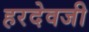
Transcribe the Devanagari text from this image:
हरदेवजी